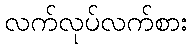
လက်လုပ်လက်စား